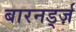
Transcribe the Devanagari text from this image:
बारनर्ड्ज़